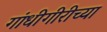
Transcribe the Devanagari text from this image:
गांधीगीरीच्या